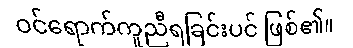
ဝင်ရောက်ကူညီရခြင်းပင် ဖြစ်၏။